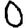
Digit: 0